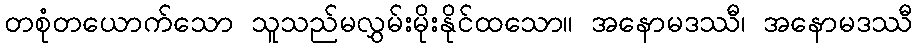
တစုံတယောက်သော သူသည်မလွှမ်းမိုးနိုင်ထသော။ အနောမဒဿီ၊ အနောမဒဿီ